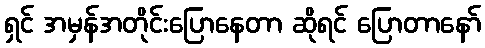
ရှင် အမှန်အတိုင်းပြောနေတာ ဆိုရင် ပြောတာနော်